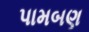
પામબણ